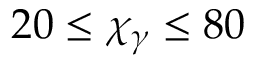
2 0 \leq \chi _ { \gamma } \leq 8 0